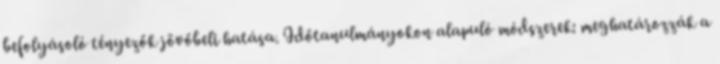
befolyásoló tényezők jövőbeli hatása. Időtanulmányokon alapuló módszerek: meghatározzák a